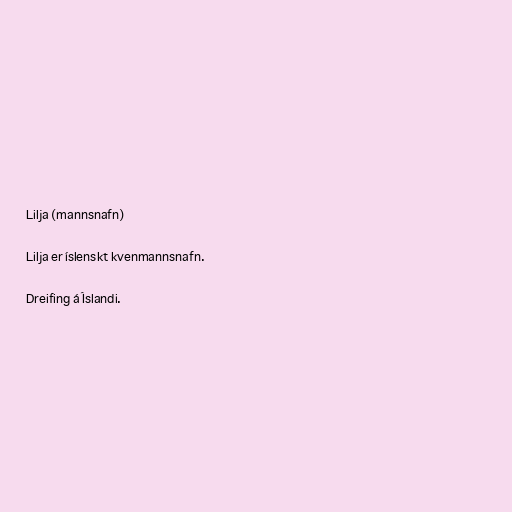
Lilja (mannsnafn)

Lilja er íslenskt kvenmannsnafn.

Dreifing á Íslandi.